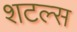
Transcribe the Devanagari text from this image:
शटल्स